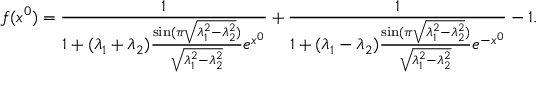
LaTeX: f ( x ^ { 0 } ) = \frac { 1 } { 1 + ( \lambda _ { 1 } + \lambda _ { 2 } ) \frac { \sin ( \pi \sqrt { \lambda _ { 1 } ^ { 2 } - \lambda _ { 2 } ^ { 2 } } ) } { \sqrt { \lambda _ { 1 } ^ { 2 } - \lambda _ { 2 } ^ { 2 } } } e ^ { x ^ { 0 } } } + \frac { 1 } { 1 + ( \lambda _ { 1 } - \lambda _ { 2 } ) \frac { \sin ( \pi \sqrt { \lambda _ { 1 } ^ { 2 } - \lambda _ { 2 } ^ { 2 } } ) } { \sqrt { \lambda _ { 1 } ^ { 2 } - \lambda _ { 2 } ^ { 2 } } } e ^ { - x ^ { 0 } } } - 1 .